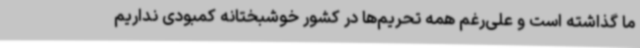
ما گذاشته است و علی‌رغم همه تحریم‌ها در کشور خوشبختانه کمبودی نداریم